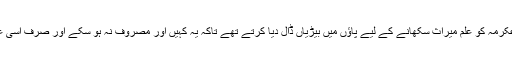
حضرت عبداللہ بن عباس ؓ سیدنا عکرمہ کو علم میراث سکھانے کے لیے پاؤں میں بیڑیاں ڈال دیا کرتے تھے تاکہ یہ کہیں اور مصروف نہ ہو سکے اور صرف اسی علم کو سیکھنے میں مشغول رہے۔